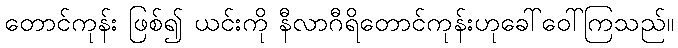
တောင်ကုန်း ဖြစ်၍ ယင်းကို နီလာဂီရိတောင်ကုန်းဟုခေါ်ဝေါ်ကြသည်။